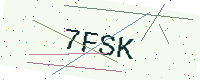
Text: 7FSK